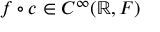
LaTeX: f \circ c \in C ^ { \infty } ( \mathbb { R } , F )